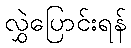
လွှဲပြောင်းရန်